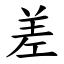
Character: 差